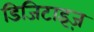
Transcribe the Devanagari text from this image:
डिजिटाइज़